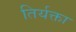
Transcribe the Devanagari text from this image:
तिर्यक्ता